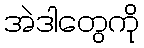
အဲဒါတွေကို